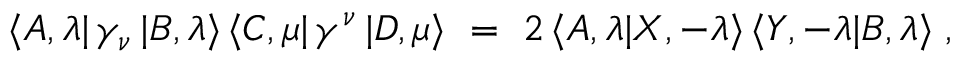
\langle A , \lambda | \, \gamma _ { \nu } \, | B , \lambda \rangle \, \langle C , \mu | \, \gamma ^ { \nu } \, | D , \mu \rangle \, \, = \, \, 2 \, \langle A , \lambda | X , - \lambda \rangle \, \langle Y , - \lambda | B , \lambda \rangle \; ,